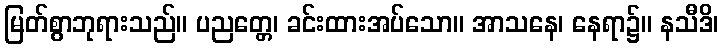
မြတ်စွာဘုရားသည်။ ပညတ္တေ၊ ခင်းထားအပ်သော။ အာသနေ၊ နေရာ၌။ နသီဒိ၊